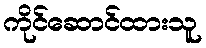
ကိုင်ဆောင်ထားသူ